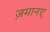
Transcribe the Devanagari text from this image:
ज़मानए